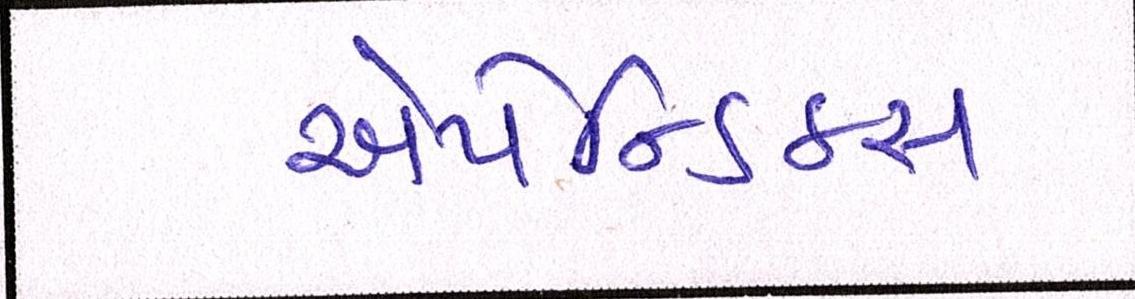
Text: એપેન્ડિક્સ